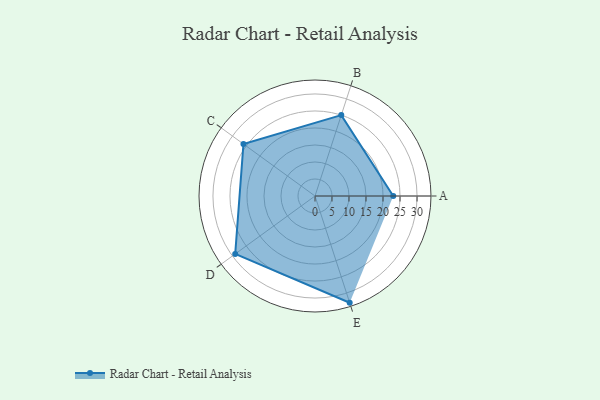
{"axis": {"x": "Skill", "y": "Score"}, "legend": ["Profile"], "data": [{"x": "A", "y": 23.0, "type": "Profile"}, {"x": "B", "y": 25.0, "type": "Profile"}, {"x": "C", "y": 26.0, "type": "Profile"}, {"x": "D", "y": 29.0, "type": "Profile"}, {"x": "E", "y": 33.0, "type": "Profile"}]}